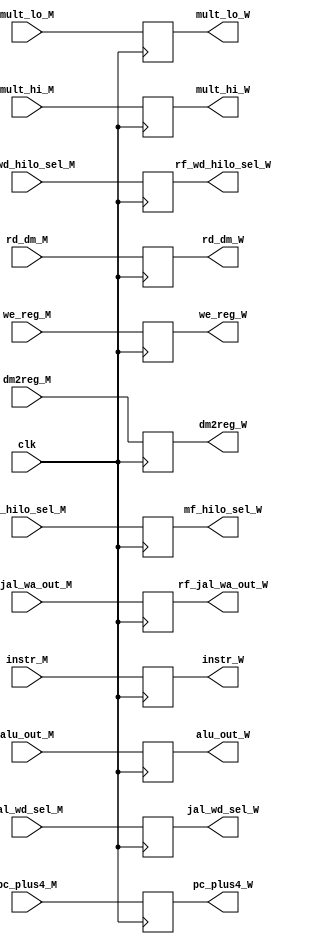
`timescale 1ns / 1ps
//////////////////////////////////////////////////////////////////////////////////
// Company: 
// 
// Design Name: 
// Module Name: MEM_WB_REG
// Project Name: 
// Target Devices: 
// Tool Versions: 
// Description: 
// 
// Dependencies: 
// 
// Revision:
// Revision 0.01 - File Created
// Additional Comments:
// 
//////////////////////////////////////////////////////////////////////////////////


module MEM_WB_REG(
    input wire clk,
    input wire we_reg_M,
    input wire dm2reg_M,
    input wire jal_wd_sel_M,
    input wire rf_wd_hilo_sel_M,
    input wire mf_hilo_sel_M,
    input wire [31:0] pc_plus4_M,
    input wire [31:0] rd_dm_M,
    input wire [31:0] alu_out_M,
    input wire [31:0] mult_hi_M,
    input wire [31:0] mult_lo_M,
    input wire [4:0]  rf_jal_wa_out_M,
    input wire [31:0] instr_M,
    
    output reg we_reg_W,
    output reg dm2reg_W,
    output reg jal_wd_sel_W,
    output reg rf_wd_hilo_sel_W,
    output reg mf_hilo_sel_W,
    output reg [31:0] pc_plus4_W,
    output reg [31:0] rd_dm_W,
    output reg [31:0] alu_out_W,
    output reg [31:0] mult_hi_W,
    output reg [31:0] mult_lo_W,
    output reg [4:0]  rf_jal_wa_out_W,
    output reg [31:0] instr_W
    );


initial begin
    we_reg_W = 1'h0;
    dm2reg_W = 1'h0;
    jal_wd_sel_W = 1'h0;
    rf_wd_hilo_sel_W = 1'h0;
    mf_hilo_sel_W = 1'h0;
    pc_plus4_W = 32'h0;
    rd_dm_W = 32'h0;
    alu_out_W = 32'h0;
    mult_hi_W = 32'h0;
    mult_lo_W = 32'h0;
    rf_jal_wa_out_W = 5'h0;
    instr_W = 32'h0;
end

always @(posedge clk) begin
    we_reg_W = we_reg_M;
    dm2reg_W = dm2reg_M;
    jal_wd_sel_W = jal_wd_sel_M;
    rf_wd_hilo_sel_W = rf_wd_hilo_sel_M;
    mf_hilo_sel_W = mf_hilo_sel_M;
    pc_plus4_W = pc_plus4_M;
    rd_dm_W = rd_dm_M;
    alu_out_W = alu_out_M;
    mult_hi_W = mult_hi_M;
    mult_lo_W = mult_lo_M;
    rf_jal_wa_out_W = rf_jal_wa_out_M;
    instr_W = instr_M;
end
endmodule